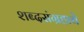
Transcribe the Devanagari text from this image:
शब्दसंग्रहाचे